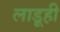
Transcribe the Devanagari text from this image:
लाडूही